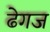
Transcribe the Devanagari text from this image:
ढेगज